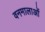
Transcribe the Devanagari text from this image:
वनमालाओं